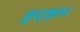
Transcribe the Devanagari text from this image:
क्रुट्झन